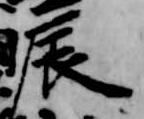
辰